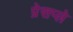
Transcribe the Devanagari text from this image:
प्रेसप्ले